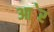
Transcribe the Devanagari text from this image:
आ॓र